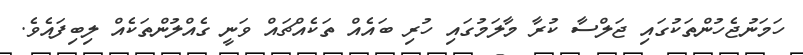
ހަމަނުޖެހުންތަކުގައި ޖަލްސާ ކުރާ މާލަމުގައި ހުރި ބައެއް ތަކެއްޗައް ވަނީ ގެއްލުންތަކެއް ލިބިފައެވެ.